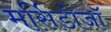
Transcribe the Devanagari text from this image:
मर्सिडीजॉ